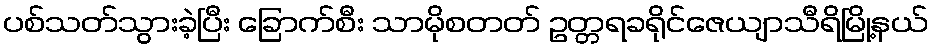
ပစ်သတ်သွားခဲ့ပြီး ခြောက်စီး သာမိုစတတ် ဥတ္တရခရိုင်ဇေယျာသီရိမြို့နယ်